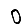
Digit: 0